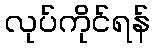
လုပ်ကိုင်ရန်